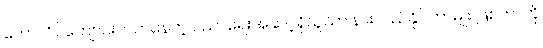
ကောလိပ်ကျောင်းတက်နေတဲ့ ပညာရေးအဆင့်ရှိသူသာ နားလည်နိုင်တာမျိုး ဖြစ်တာကို